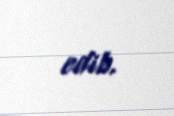
edib.